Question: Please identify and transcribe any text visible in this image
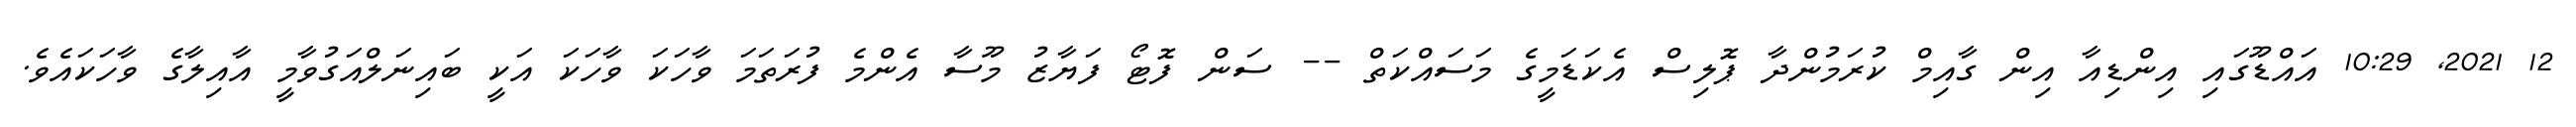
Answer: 12 2021, 10:29 އައްޑޫގައި އިންޑިއާ އިން ގާއިމް ކުރަމުންދާ ޕޮލިސް އެކަޑަމީގެ މަސައްކަތް -- ސަން ފޮޓޯ ފަޔާޒު މޫސާ އެންމެ ފުރަތަމަ ވާހަކަ ވާހަކަ އަކީ ބައިނަލްއަގުވާމީ އާއިލާގެ ވާހަކައެވެ.